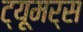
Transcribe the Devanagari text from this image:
ट्यूमर्स